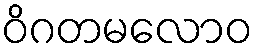
ဝိဂတမလောဝ